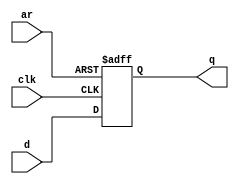
module top_module (
    input clk,
    input d, 
    input ar,   // asynchronous reset
    output q
);
    // this method works but come with truncated value warning
    // always @ (posedge clk or posedge ar)
    //     q <= ar ? 0 : d;
    
    always @ (posedge clk or posedge ar)
        if (ar)
            q <= 0;
    	else 
            q <= d;
    
endmodule